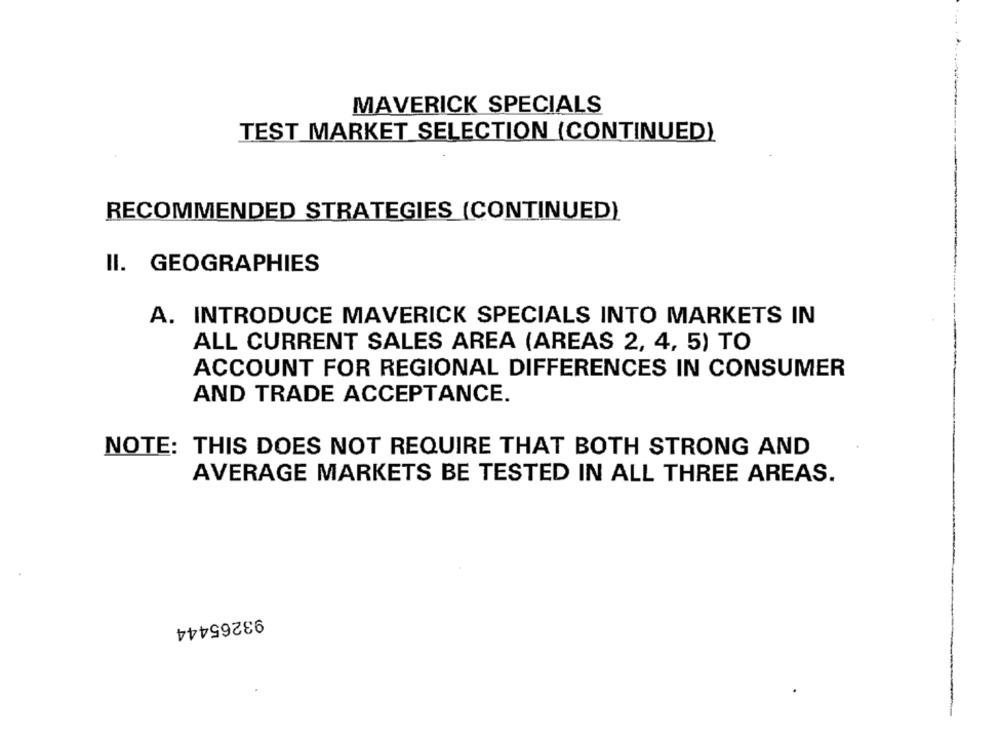
MAVERICK SPECIALS
TEST MARKET SELECTION (CONTINUED)
RECOMMENDED STRATEGIES (CONTINUED)
II. GEOGRAPHIES
A. INTRODUCE MAVERICK SPECIALS INTO MARKETS IN
ALL CURRENT SALES AREA (AREAS 2, 4, 5) TO
ACCOUNT FOR REGIONAL DIFFERENCES IN CONSUMER
AND TRADE ACCEPTANCE.
NOTE: THIS DOES NOT REQUIRE THAT BOTH STRONG AND
AVERAGE MARKETS BE TESTED IN ALL THREE AREAS.
93265444